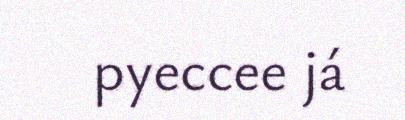
pyeccee já